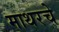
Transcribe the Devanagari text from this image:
माथरचे